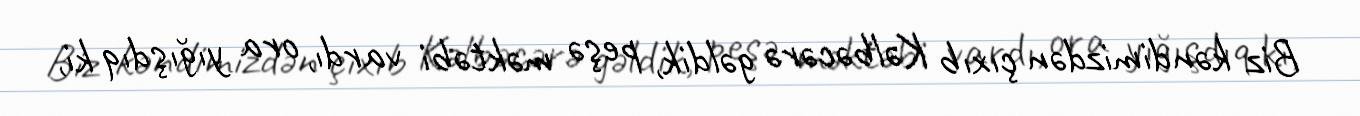
Biz kəndimizdən çıxıb Kəlbəcərə gəldik, peşə məktəbi vardı, ora yığışdıq ki,